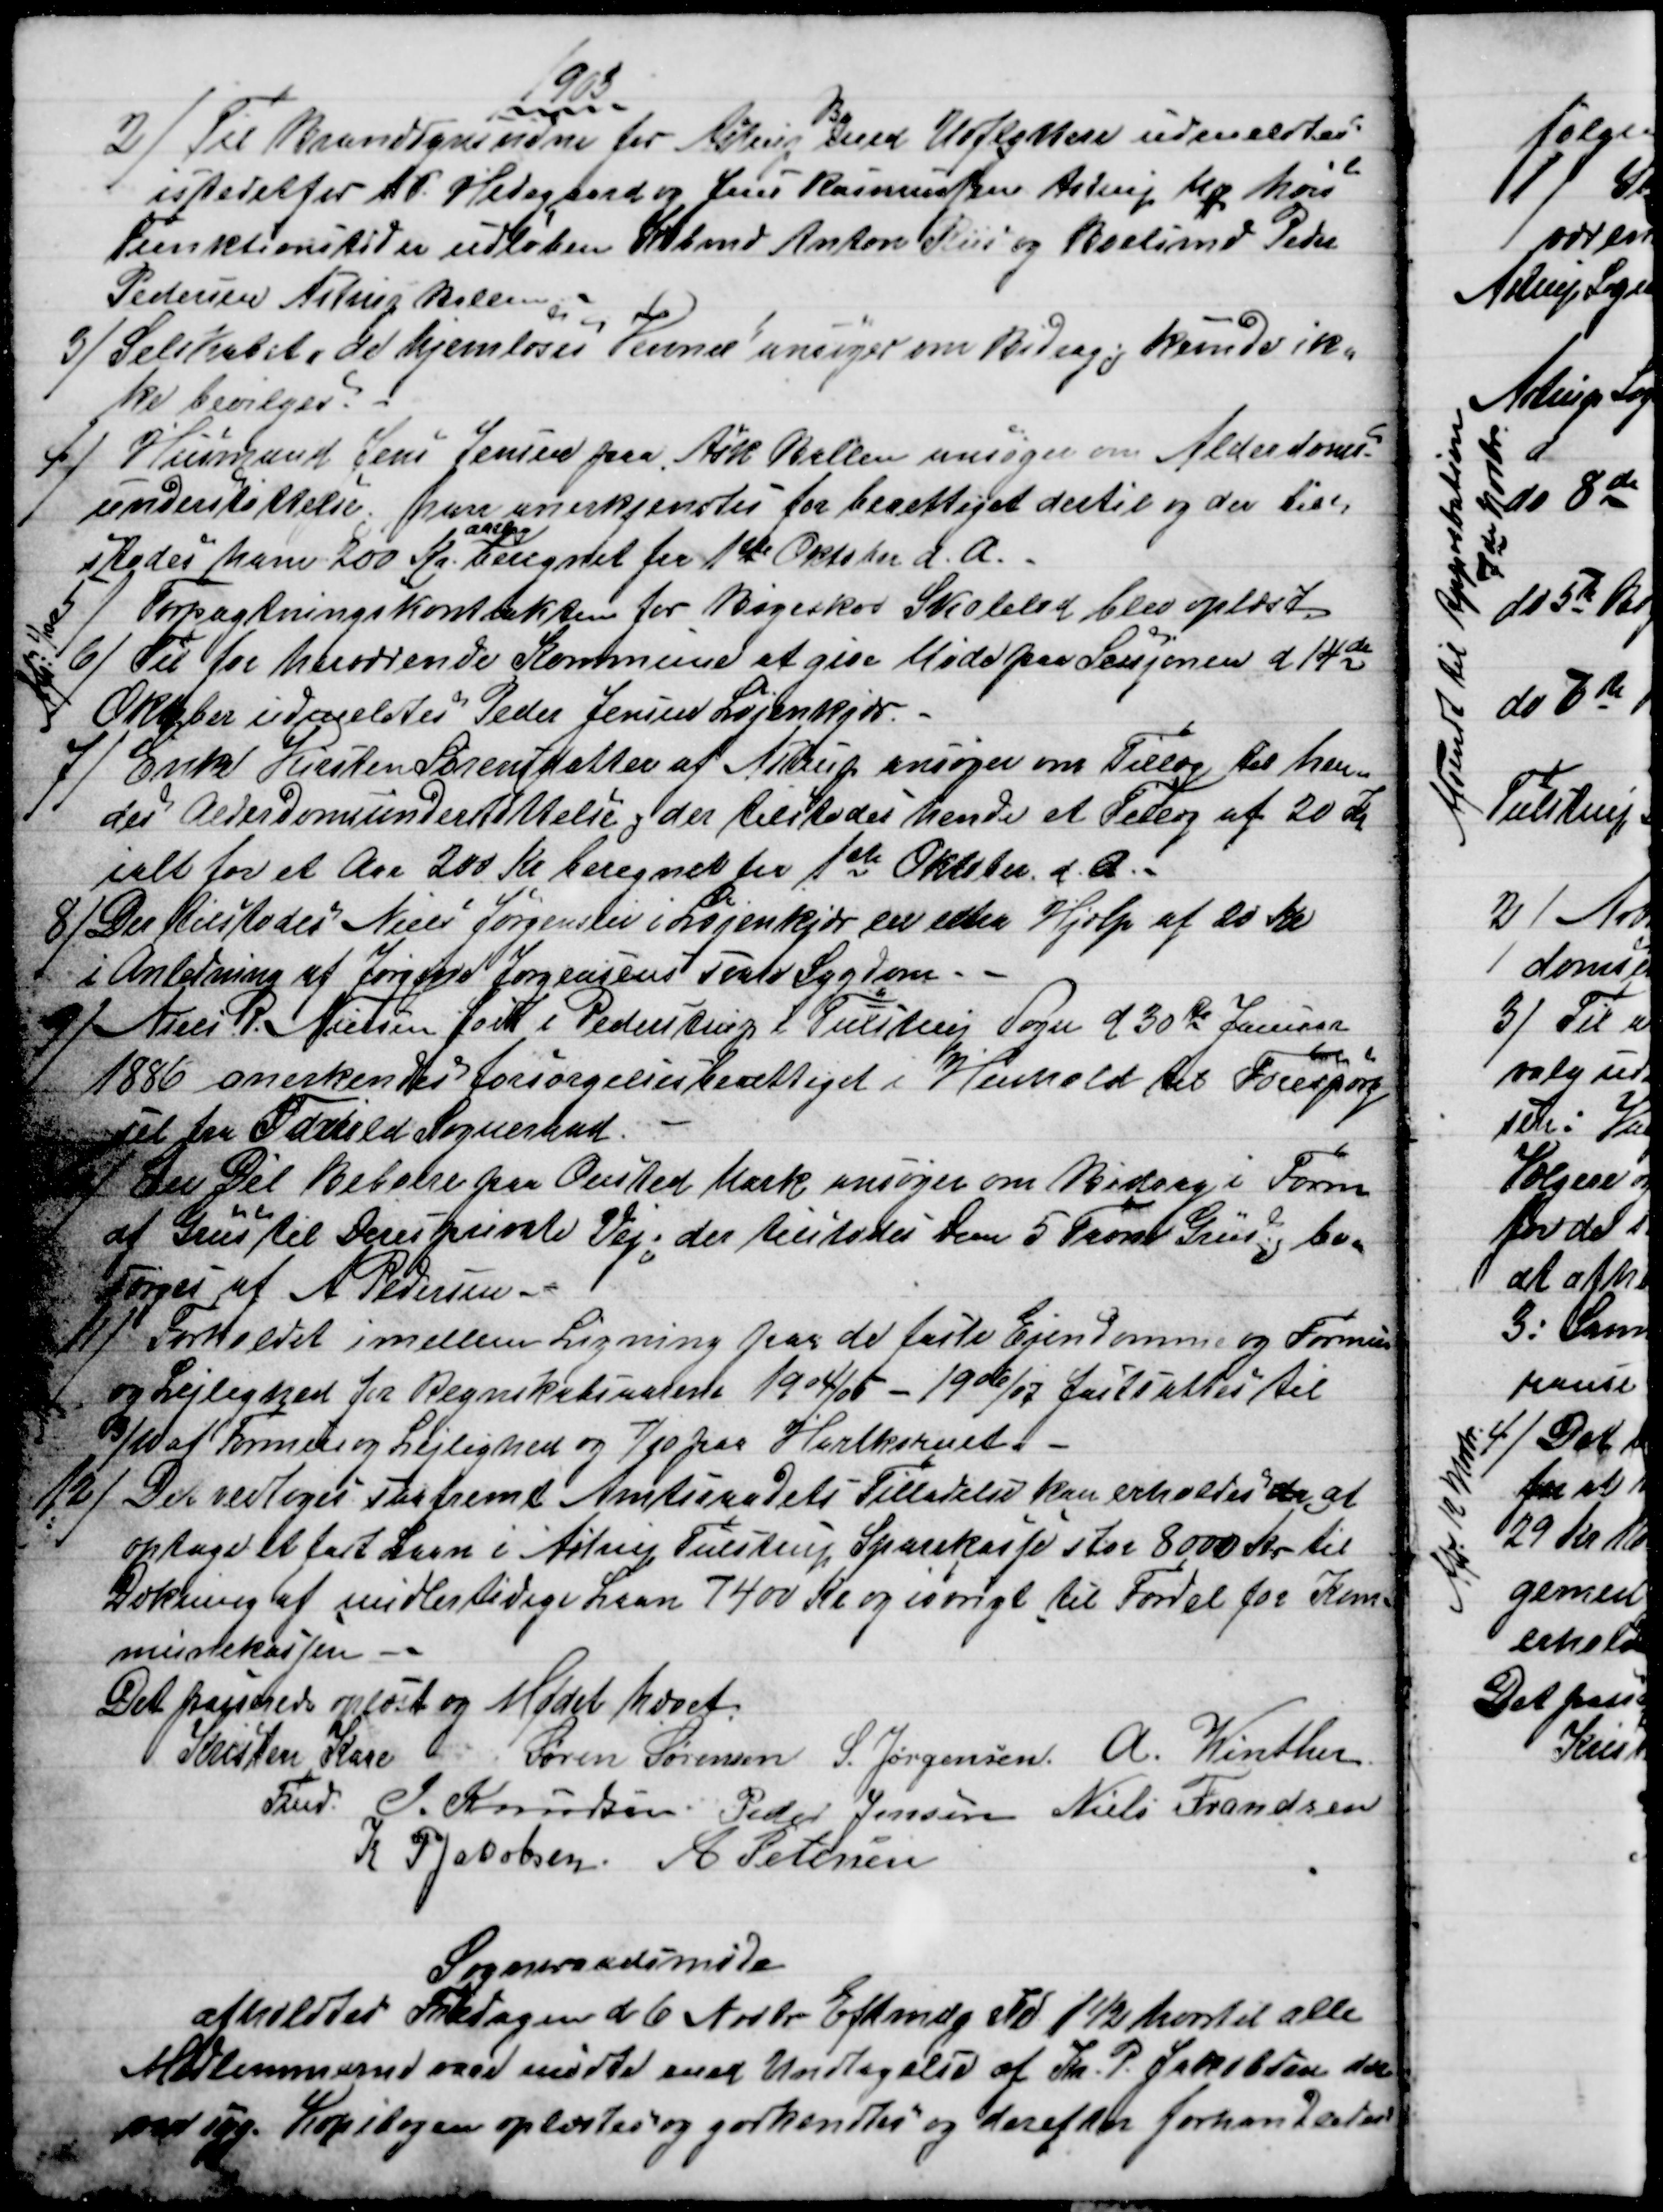
Transskription:
1903
2) 
Til Brandsynsvidne for Astrup
By
med Udflyttere udmeldtes
istedetfor A P. Hedegaard og Jens Rasmussen Astrup Mq hvis
Funktionstid er udløben Købmd Anton Riis og Boelsmd Peder
Pedersen Astrup Ballen
3) Selskabet "de hjemløses Venner" ansøger om Bidrag, kunde ik=
ke bevilges.
4) Husmand Jens Jensen paa Ask Ballen ansøger om Alderdoms-
understøttelse; han anerkjentes for berettiget dertil og der til 
stodes ham 200 Kr. 
aatlig
beregnet fra 1ste Oktober d. A.
5)
Forpagtningskontrakten for Bøgeskov Skolelod blev oplæst.
6) 
Til for herværende Kommune at give Møde paa Sessjonen d 14de
Oktober udmeldtes Peder Jensen Løjenkjær.
Afs: 1/10
7)
Enke Kirsten Sørensdatter af Astrup ansøger om Tillæg til hen-
des Alderdomsunderstøttelse, der tilstodes hende et Tillæg af 20 Kr
ialt for et Aar 200 Kr beregnet fra 1ste Oktober d. A.
8) 
Der tilstodes Niels Jørgensen i Løjenkjær en extra Hjælp af 20 Kr
i Anledning af Jørgine Jørgensens svære Sygdom.
9) 
Niels R. Nielsen født i Pederstrup i Tulstrup Sogn d 30te Januar
1886 anerkendtes forsørgelsesberettiget i Henhold til Forespørg
sel fra Torrild Sogneraad.
10) En Del Beboere paa Onsted Mark ansøger om Bidrag i Form
af Grus til Deres private Vej, der tilstodes dem 5 Favn Grus; be-
sørges  af A. Pedersen
11) 
Forholdet imellem Ligning paa de faste Ejendomme og Formue
og Lejlighed for Regnskabsaarene 1904/06 - 1906/07 fastsattes til
3/10 af Formue og Lejlighed og 7/10 paa Hartkornet.
12)
Det vedtoges saafremt Amtsraadets Tilladelse kan erholdes da at
optage et fast Laan i Astrup Tulstrup Sparekasse stor 8000 Kr til
Dækning af midlertidige Laan 7400 Kr og iøvrigt til Fordel for Kom-
munekassen
Det passerede oplæst og Mødet hævet
Kristen Kaae 
Fmd.
Søren Sørensen S. Jørgensen A. Winther
J. Knudsen Peder Jensen Niels Frandsen
K P Jacobsen. A Petersen
Sogneraadsmøde
afholdtes Torsdagen d. 6 Novbr Eftmdg Kl. 1½ hvortil alle
Medlemmerne vare mødte med Undtagelse af Kr.P. Jakobsen der
var syg. Kopibogen oplæstes og godkendtes og derefter forhandledes